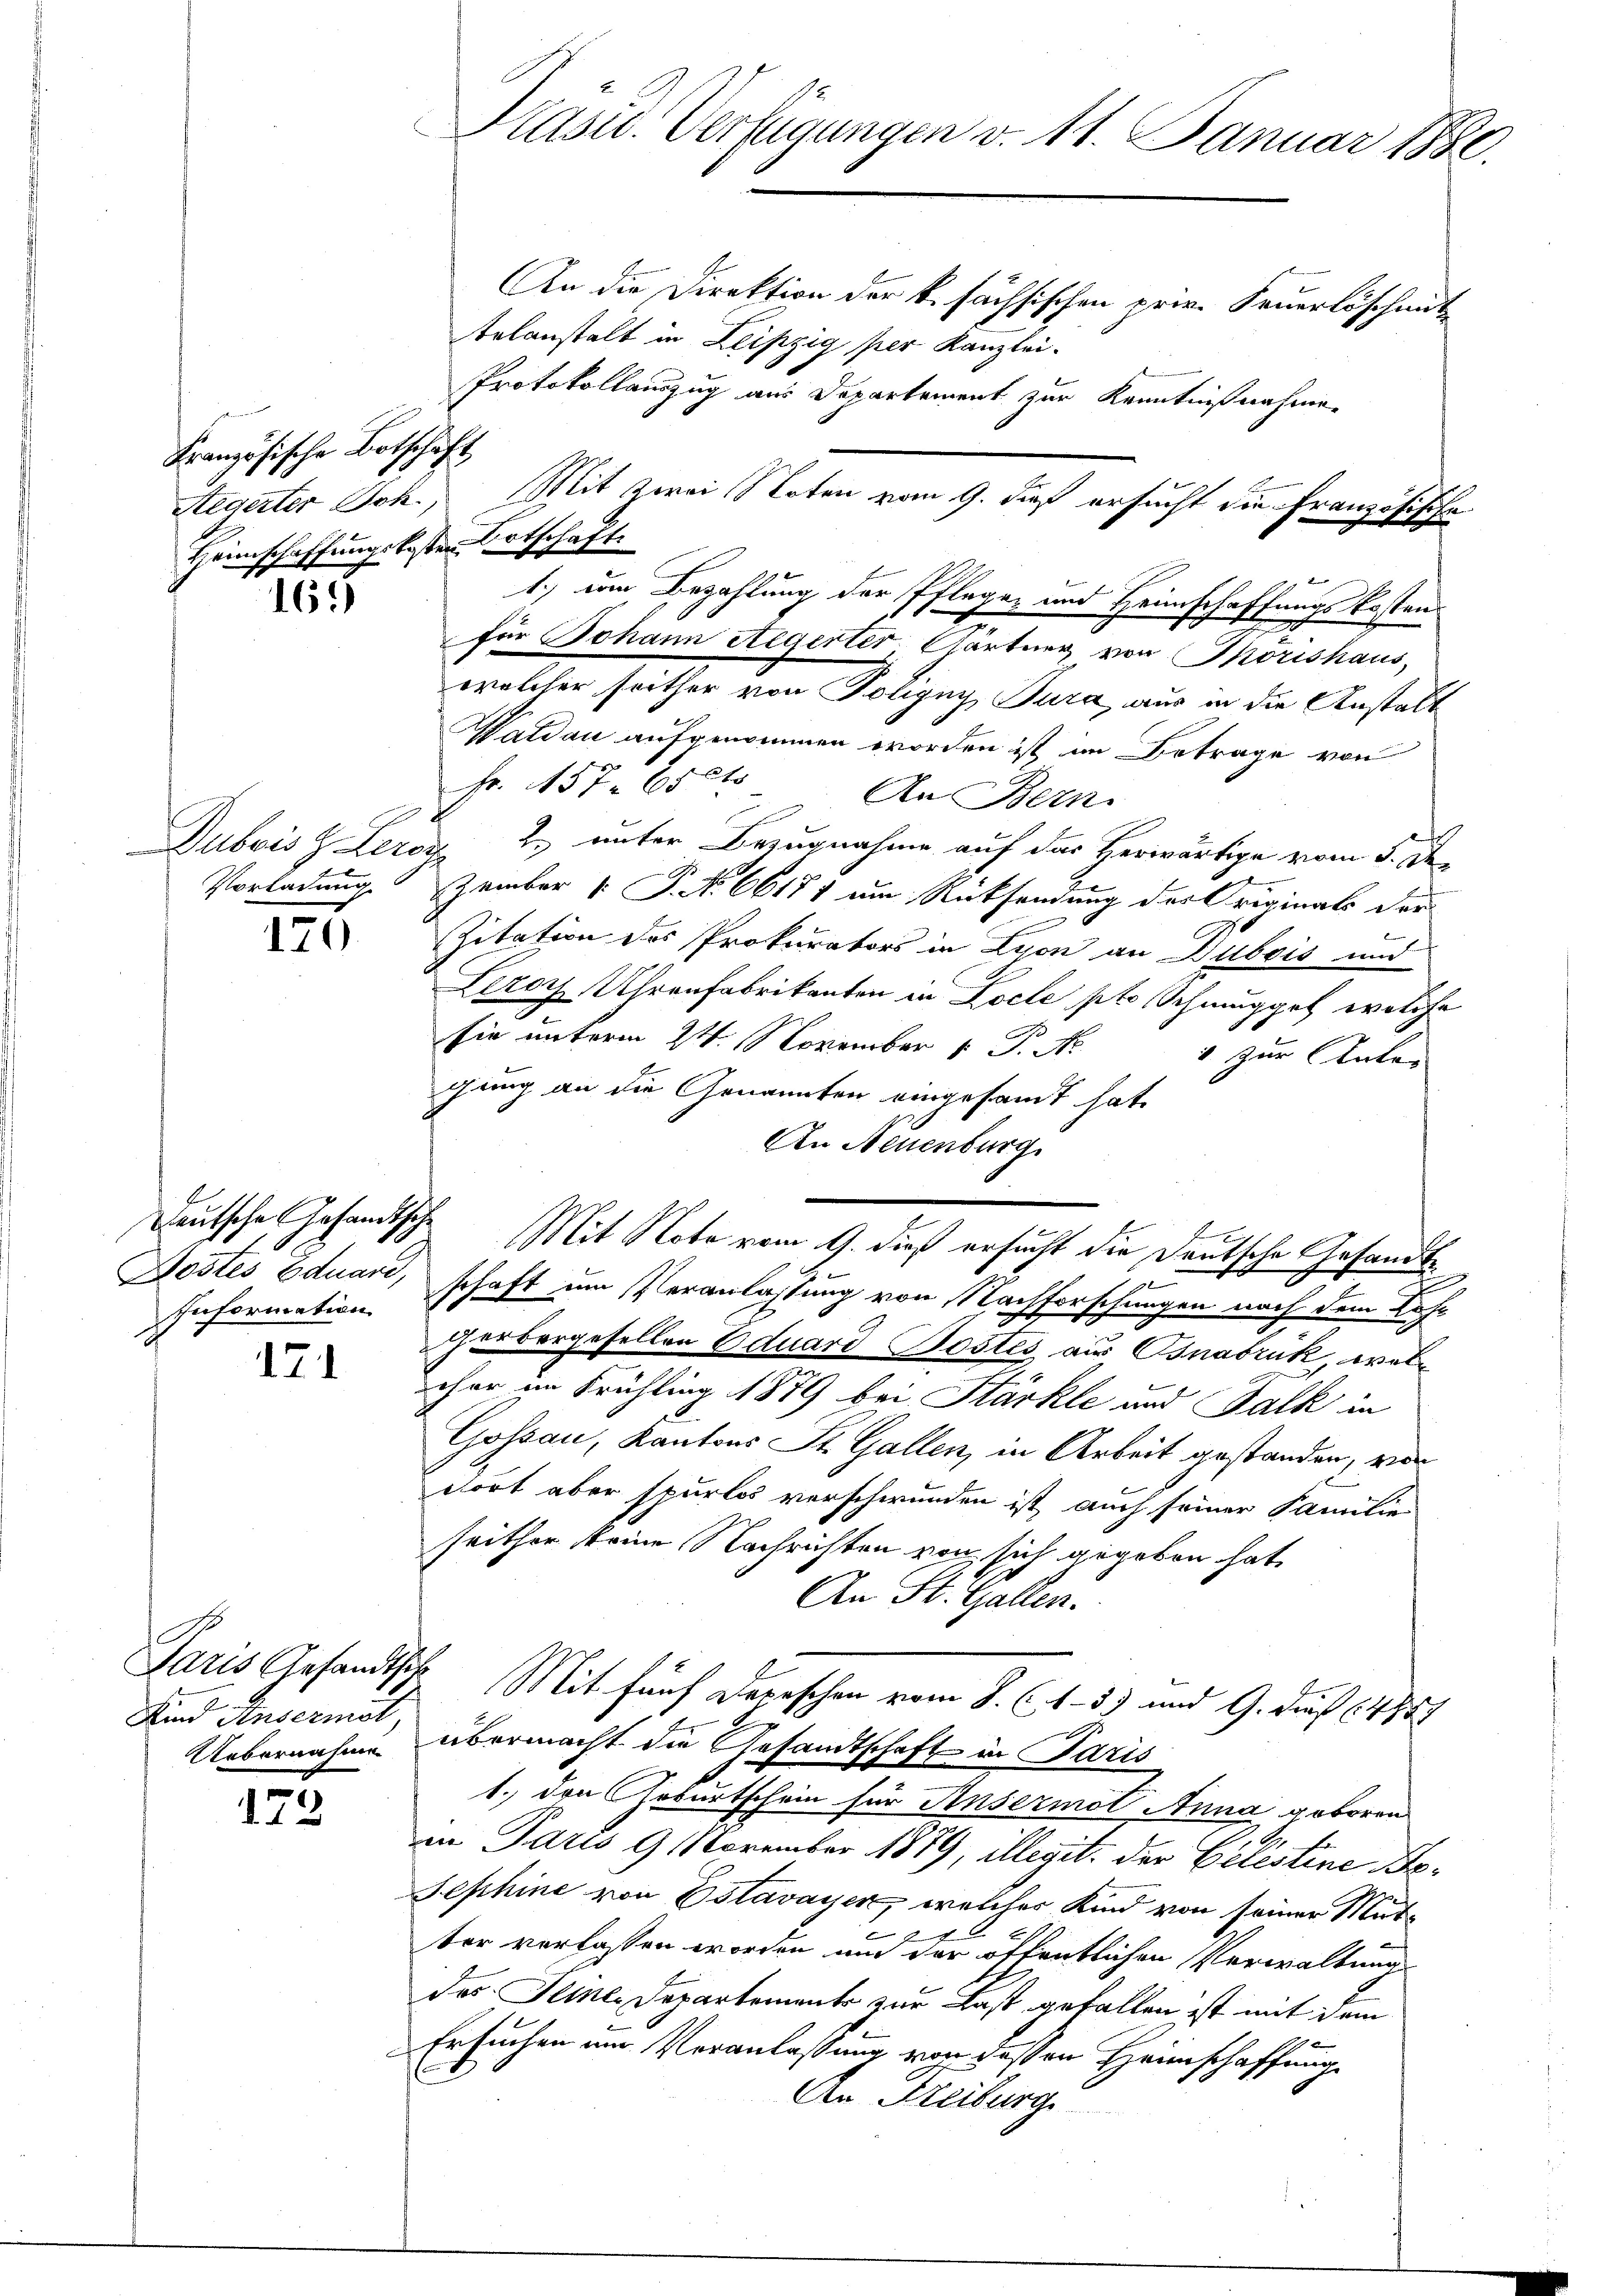
Französische Botschäft
Heimschaffungskosten Ortschaft.

169)

170

Deutsche Gesandtsche
Information

171

Paris Gesandtsche
Kind Ansermat
Uebernahme

172

Präsid. Verfügungen v. 11. Januar 1880.
An die Direktion der k. sächsischen priv. Feuerlöschmit
telanstalt in Leipzig per Kanzlei.

Protokollauszug aus Departement zur Kenntnißnahmen
Aegerter Joh. Mit zwei Noten vom 9. dieß ersucht die Französische
1.) um Bezahlung der Pflegen und Heimschaffungskosten
für Johann Stegerter Gärtner von Thorishaus,
welcher seither von Toligny Jura aus in die Anstalt
Waldau aufgenommen worden ist im Betrage von
Fr. 157. 650
An Bern.
Dubois Z Leroz 2. unter Bezugnahme auf das Herwärtige vom 5. Der
Vorladung zember 1. P. No. 66181 um Rücksendung des Originals der
Zitation des Prokurators in Lyon an Dubois und
Lezor Uhrenfabrikanton in Locle pto Schmuggel, welche
2
t
sie unterm 24. November 1 P. Nr.
5 zur Unter
gung an die Genannten eingesandt hat.
An Neuenburg
Mit Note vom 9. dieß ersucht die Deutsche Gesandte
9
Postes Eduard, schaft um Veranlassung von Nachforschungen nach dem Lehr
Herbergesellen Eduard Postes aus Osnabruk, wel
cher im Frühling 1879 bei Stärkte und Falk in
Gossau, Kantons St. Gallen, in Arbeit gestanden, vor
ttort aber spurlos verschwunden ist, auch seiner Familie
seither keine Nachrichten von sich gegeben hat,
An St. Gallen.
Mit fünf Depeschen vom 8. (1.- 3) und G. dieß (488
1
übermacht die Gesandtschaft in Paris
1. den Geburtschein für Ansermal Anna geboren
.
in Paris 9 November 1879, illegit, der Celestine Be¬
Sephine von Estavayer, welches Kind von seiner Mutter verlassen worden und der öffentlichen Verwaltung
das Seiner Departemente zur Last gefallen ist mit dem
Ersuchen um Veranlassung von dessen Heimschaffung
An Freiburg